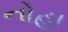
નોહા